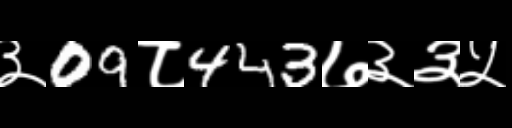
Text: ३09८443७३३५